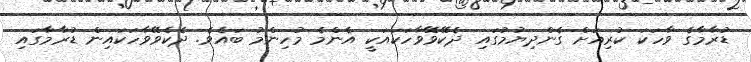
ޑުރާމާގެ ވާހަކަ ކުރިއަށް ގެންދިޔުމުގައި ދެކޭވޭވާހަކައަކީ އެންމެ މުހިންމު ބައެވެ. ދެކެވޭވާހަކައިން ޑުރާމާގައި